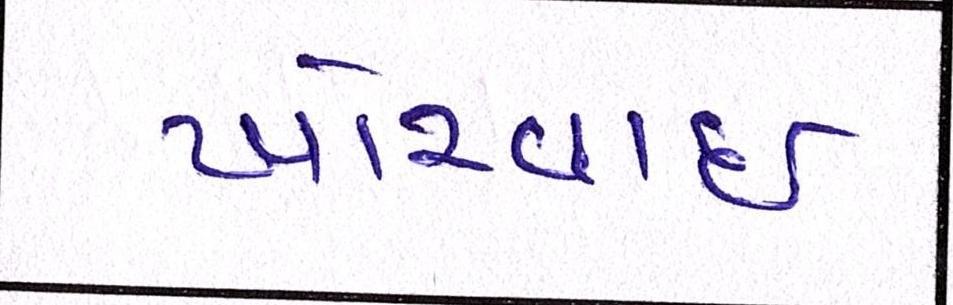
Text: ખોરવાઈ